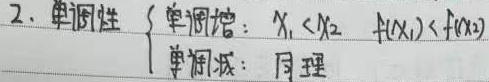
单调性
\(\begin{cases}
\text{单调增：}x_1 < x_2,\ f(x_1)<f(x_2)\\
\text{单调减：同理}
\end{cases}\)